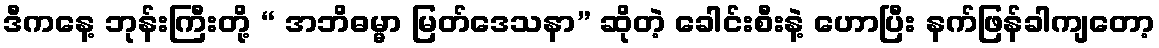
ဒီကနေ့ ဘုန်းကြီးတို့ “ အဘိဓမ္မာ မြတ်ဒေသနာ” ဆိုတဲ့ ခေါင်းစီးနဲ့ ဟောပြီး နက်ဖြန်ခါကျတော့